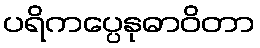
ပရိကပ္ပေနုဓာဝိတာ